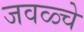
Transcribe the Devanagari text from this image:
जवळ्चे